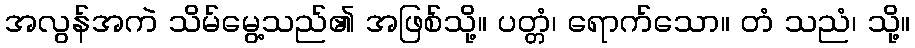
အလွန်အကဲ သိမ်မွေ့သည်၏ အဖြစ်သို့။ ပတ္တံ၊ ရောက်သော။ တံ သညံ၊ သို့။